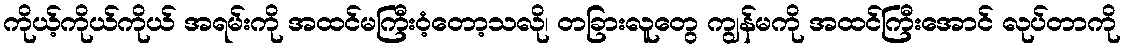
ကိုယ့်ကိုယ်ကိုယ် အရမ်းကို အထင်မကြီးဝံ့တော့သလို၊ တခြားလူတွေ ကျွန်မကို အထင်ကြီးအောင် လုပ်တာကို